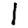
Digit: 1